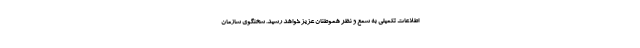
اطلاعات تکمیلی به سمع و نظر هموطنان عزیز خواهد رسید. سخنگوی سازمان